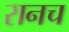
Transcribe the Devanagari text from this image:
रानच